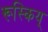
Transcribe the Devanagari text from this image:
रूस्किय्